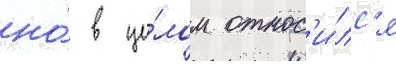
но́ в це́лом относ'и́лс'я